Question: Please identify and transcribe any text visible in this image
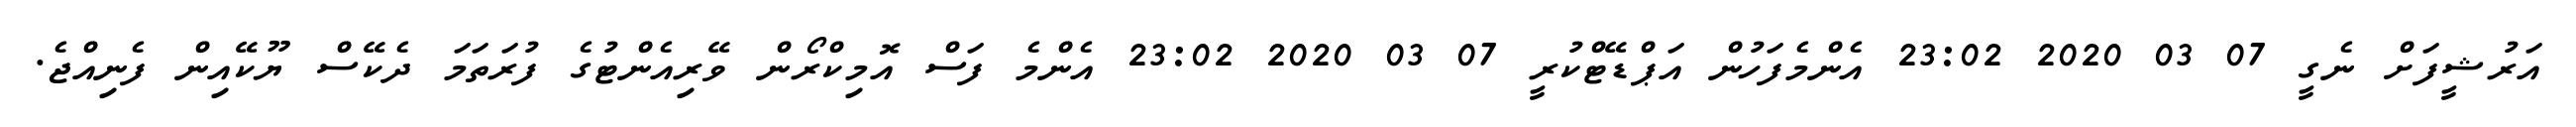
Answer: އަރުޝީފަށް ނެގީ 07 03 2020 23:02 އެންމެފަހުން އަޕްޑޭޓްކުރީ 07 03 2020 23:02 އެންމެ ފަސް އޮމިކްރޯން ވޭރިއެންޓުގެ ފުރަތަމަ ދެކޭސް ޔޫކޭއިން ފެނިއްޖެ.